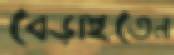
বেড়াইতেন